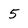
Character: 5